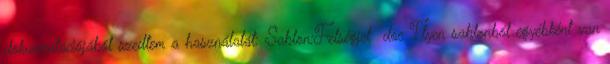
dokumentációjából szedtem a használatát: Sablon:Felségjel doc Ilyen sablonból egyébként van